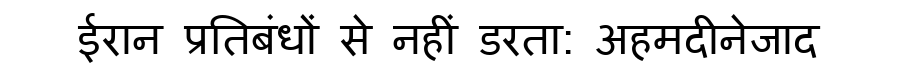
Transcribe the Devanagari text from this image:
ईरान प्रतिबंधों से नहीं डरता: अहमदीनेजाद